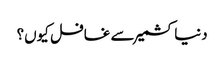
دنیا کشمیر سے غافل کیوں؟